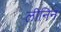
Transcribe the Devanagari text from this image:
लीनिन